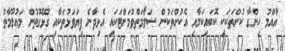
އާއްމު ހިންގާ ކުށްތަކަކީ ކޮބައިކަމާއި އެކުށްތަކުން ސަލާމަތްވުމަށްޓަކައި އެޅިދާނެ ފިޔަވަޅުތަކާއި ގުޅޭގޮތުން މަޢުލޫމާތު